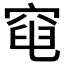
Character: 𥦣